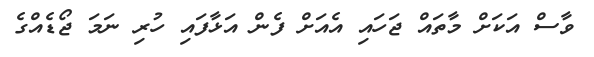
ވާސް އަކަށް މާތައް ޖަހައި އެއަށް ފެން އަޅާފައި ހުރި ނަމަ ޖޯޑެއްގެ